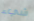
شيء